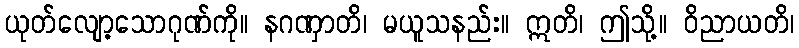
ယုတ်လျော့သောဂုဏ်ကို။ နဂဏှာတိ၊ မယူသနည်း။ ဣတိ၊ ဤသို့။ ဝိညာယတိ၊